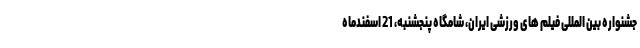
جشنواره بین المللی فیلم های ورزشی ایران، شامگاه پنجشنبه، 21 اسفندماه